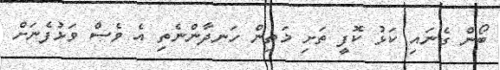
ބޯން ގެނައި ކަޅު ކޮފީ ތަށި މަތިން ހަނދާންނެތި އެ ވެސް ވަޅުފެނަށް